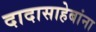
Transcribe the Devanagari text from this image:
दादासाहेबांना